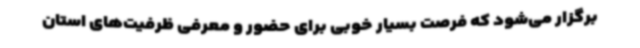
برگزار می‌شود که فرصت بسیار خوبی برای حضور و معرفی ظرفیت‌های استان